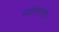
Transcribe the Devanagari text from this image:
च्याम्पियनशीप